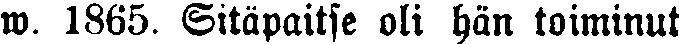
w. 1865, Sitäpaitse oli hän toiminut